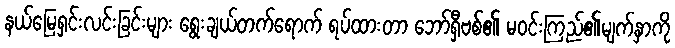
နယ်မြေရှင်းလင်းခြင်းများ ရွေးချယ်တက်ရောက် ရပ်ထားတာ ဘော်ရှီဗစ်၏ မဝင်းကြည်၏မျက်နှာကို